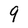
Character: 9